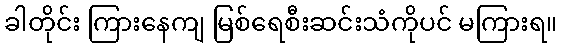
ခါတိုင်း ကြားနေကျ မြစ်ရေစီးဆင်းသံကိုပင် မကြားရ။